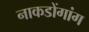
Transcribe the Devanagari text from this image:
नाकडोंगांग